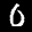
Label: 0